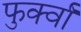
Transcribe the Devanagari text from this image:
फुर्क्वाँ